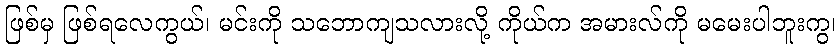
ဖြစ်မှ ဖြစ်ရလေကွယ်၊ မင်းကို သဘောကျသလားလို့ ကိုယ်က အမားလ်ကို မမေးပါဘူးကွ၊